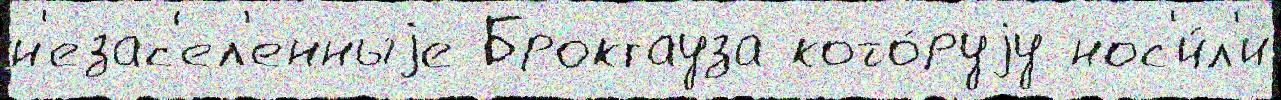
н'езас'ел'енныjе Брокгауза кото́руjу нос'и́л'и